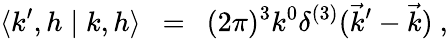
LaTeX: \langle k^{\prime},h\mid k,h\rangle~~=~~(2\pi)^{3}{k^{0}}\delta^{(3)}(\vec{k}^{\prime}-\vec{k})\ ,